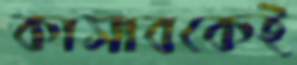
কাসাবকেই